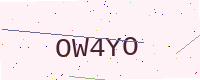
Text: OW4YO